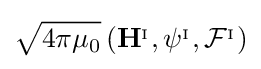
{\sqrt {4\pi \mu _{0}}}\left(\mathbf {H} ^{_{\mathrm {I} }},\psi ^{_{\mathrm {I} }},{\mathcal {F}}^{_{\mathrm {I} }}\right)